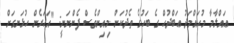
ޢައްލާމާ މުޙައްމަދު ޢަބްދުހް ގެ ބަހުގެ ތެދުކަން މިއިންވެސް ފެންނަނީ: "އަހަރެން ހުޅަނގަށް